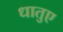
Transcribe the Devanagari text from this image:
धातुए